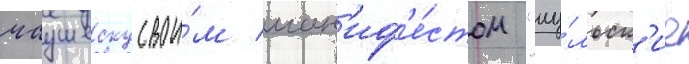
чаушеску свои́м ман'иф'е́стом "иу́льск'ие